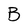
Character: B